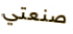
صنعتي